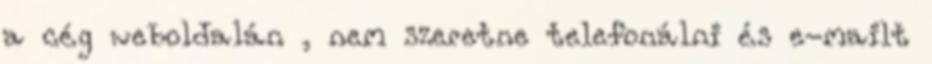
a cég weboldalán , nem szeretne telefonálni és e-mailt